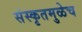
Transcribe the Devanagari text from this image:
संस्कृतमुळेच